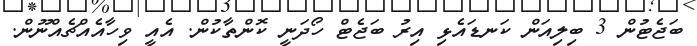
ބަޖެޓުން 3 ބިލިއަން ކަނޑައެޅި އިރު ބަޖެޓް ހޯދަނީ ކޮންތާކުން. އެއީ ވިހާއެއްޗެއްނޫން.